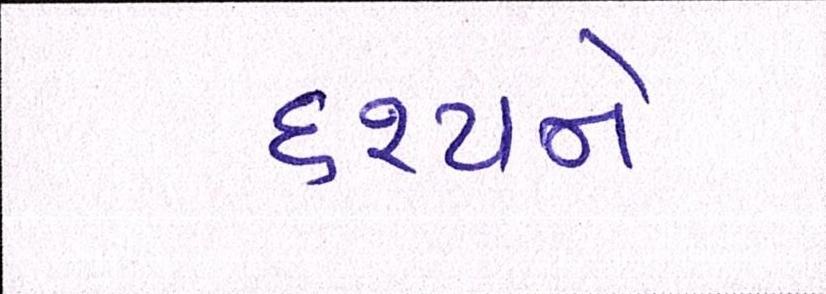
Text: દૃશ્યને